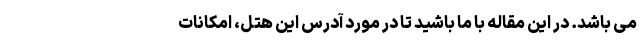
می باشد. در این مقاله با ما باشید تا در مورد آدرس این هتل، امکانات